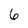
Character: 6